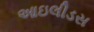
આઇલીડસ